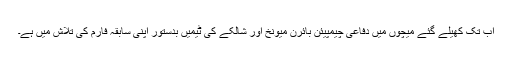
اب تک کھیلے گئے میچوں میں دفاعی چیمپیئن بائرن میونخ اور شالکے کی ٹیمیں بدستور اپنی سابقہ فارم کی تلاش میں ہے۔